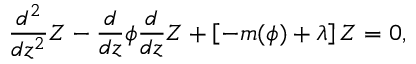
\frac { d ^ { 2 } } { d z ^ { 2 } } Z - \frac { d } { d z } \phi \frac { d } { d z } Z + \left[ - m ( \phi ) + \lambda \right] Z = 0 ,